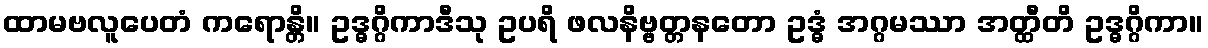
ထာမဗလူပေတံ ကရောန္တိ။ ဥဒ္ဓဂ္ဂိကာဒီသု ဥပရိ ဖလနိဗ္ဗတ္တနတော ဥဒ္ဓံ အဂ္ဂမဿာ အတ္ထီတိ ဥဒ္ဓဂ္ဂိကာ။